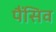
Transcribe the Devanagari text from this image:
पैंसिव